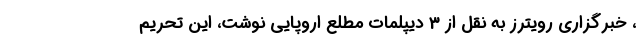
، خبرگزاری رویترز به نقل از 3 دیپلمات مطلع اروپایی نوشت، این تحریم